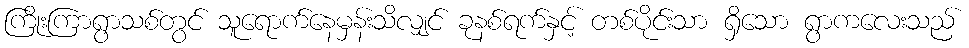
ကြိုးကြာရွာသစ်တွင် သူရောက်နေမှန်းသိလျှင် ခုနစ်ရက်နှင့် တစ်ပိုင်းသာ ရှိသော ရွာကလေးသည်